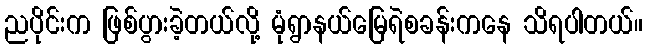
ညပိုင်းက ဖြစ်ပွားခဲ့တယ်လို့ မုံရွာနယ်မြေရဲစခန်းကနေ သိရပါတယ်။